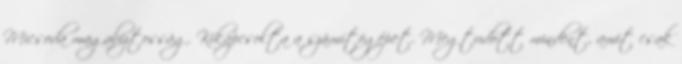
Micsoda magabiztosság. Kikapcsolta a számítógépet. Megtudott mindent, amit csak